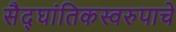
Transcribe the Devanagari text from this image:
सैद्घांतिकस्वरुपाचे